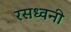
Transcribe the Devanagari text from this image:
रसध्वनी